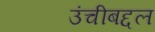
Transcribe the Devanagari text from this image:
उंचीबद्दल